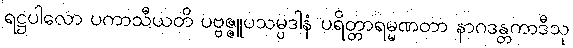
ရဋ္ဌပါလော ပကာသီယတိ ပဗ္ဗဇ္ဇူပသမ္ပဒါနံ ပရိတ္တာရမ္မဏတာ နာဂဒန္တကာဒီသု